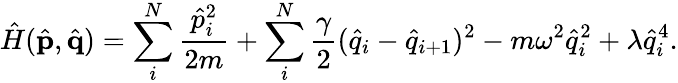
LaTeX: \hat{H}(\hat{\textbf{p}},\hat{\textbf{q}})=\sum_{i}^{N}\frac{\hat{p}_{i}^{2}}{2m}+\sum_{i}^{N}\frac{\gamma}{2}(\hat{q}_{i}-\hat{q}_{i+1})^{2}-m\omega^{2}\hat{q}_{i}^{2}+\lambda\hat{q}_{i}^{4}.